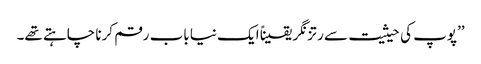
’’پوپ کی حیثیت سے رتزنگر یقیناً ایک نیا باب رقم کرنا چاہتے تھے۔